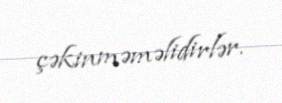
çəkinməməlidirlər.